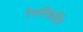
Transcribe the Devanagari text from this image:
टेपरिकॉर्डर